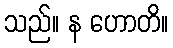
သည်။ န ဟောတိ။